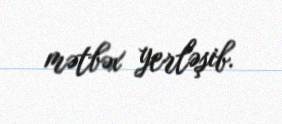
mətbəx yerləşib.